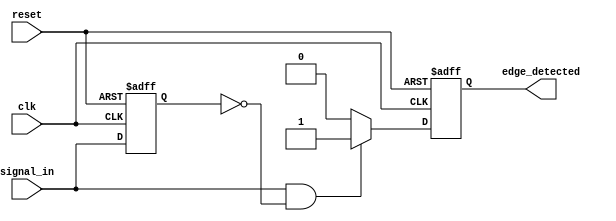
module edge_detector (
    input wire clk,          // Clock signal
    input wire reset,        // Asynchronous reset
    input wire signal_in,    // Input signal to detect rising edge
    output reg edge_detected  // Output pulse for detected rising edge
);

    // Internal signal to store the previous state of signal_in
    reg signal_in_prev;

    // Always block for edge detection
    always @(posedge clk or posedge reset) begin
        if (reset) begin
            // On reset, initialize output and previous state
            edge_detected <= 1'b0;
            signal_in_prev <= 1'b0;
        end else begin
            // Store the previous state
            signal_in_prev <= signal_in;

            // Edge detection logic
            if (signal_in == 1'b1 && signal_in_prev == 1'b0) begin
                // Rising edge detected
                edge_detected <= 1'b1;
            end else begin
                // No edge detected
                edge_detected <= 1'b0;
            end
        end
    end

endmodule